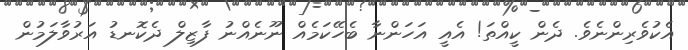
އެކުވެރިންނެވެ. ދެން ކީއްތަ! އެއީ އަަހަންނާ ބެހޭކަމެއް ނޫނެއްނު ފާޒިލް ދެކޮނޑު އަރުވާލަމުން